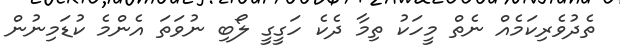
ތެދުވެރިކަމެއް ނެތް މީހަކު ތިމާ ދެކެ ހަގީގީ ލޯބި ނުވަތަ އެންމެ ކުޑަމިނުން